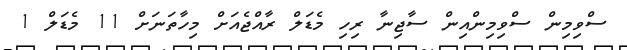
ސްވިމިން ސްވިމިންއިން ސާޖިނާ ރިހި މެޑަލް ރާއްޖެއަށް މިހާތަނަށް 11 މެޑަލް 1